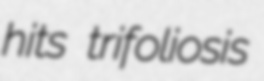
hits trifoliosis